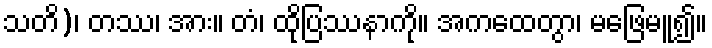
သတိ)၊ တဿ၊ အား။ တံ၊ ထိုပြဿနာကို။ အကထေတွာ၊ မဖြေမူ၍။